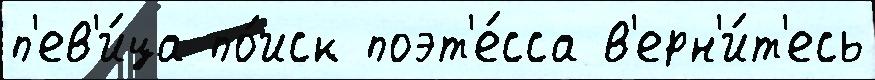
п'ев'и́ца по́иск поэт'е́сса в'ерн'и́т'есь